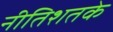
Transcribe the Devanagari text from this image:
नीतिशतके